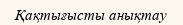
Қақтығысты анықтау